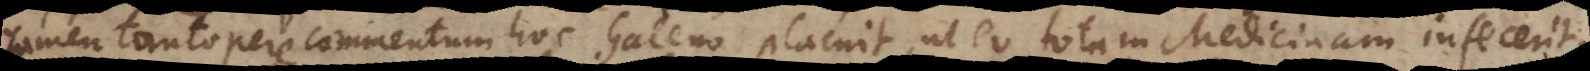
tamen tantopere commentum hoc Galeno placuit, ut eo totam Medicinam infecerit.